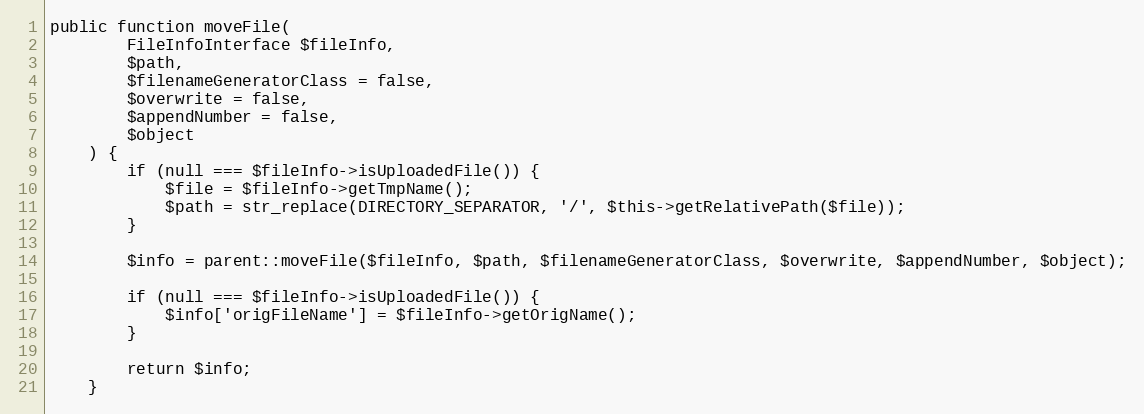
Language: PHP
public function moveFile(
        FileInfoInterface $fileInfo,
        $path,
        $filenameGeneratorClass = false,
        $overwrite = false,
        $appendNumber = false,
        $object
    ) {
        if (null === $fileInfo->isUploadedFile()) {
            $file = $fileInfo->getTmpName();
            $path = str_replace(DIRECTORY_SEPARATOR, '/', $this->getRelativePath($file));
        }

        $info = parent::moveFile($fileInfo, $path, $filenameGeneratorClass, $overwrite, $appendNumber, $object);

        if (null === $fileInfo->isUploadedFile()) {
            $info['origFileName'] = $fileInfo->getOrigName();
        }

        return $info;
    }